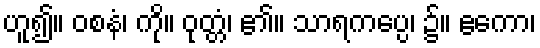
ဟူ၍။ ဝစနံ၊ ကို။ ဝုတ္တံ၊ ၏။ သာရကပ္ပေ၊ ၌။ ဧကော၊